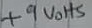
Text: +9Volts